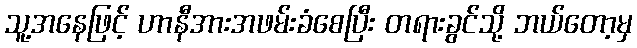
သူ့အနေဖြင့် ဟာနီအားအဖမ်းခံစေပြီး တရားခွင်သို့ ဘယ်တော့မှ